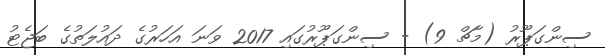
ސިންގަޕޫރު (މާޗް 9) - ސިންގަޕޫރުގައި 2017 ވަނަ އަހަރުގެ ދައުލަތުގެ ބަޖެޓު